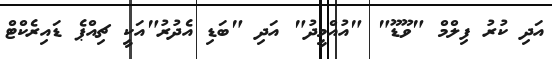
އަދި ކުރު ފިލްމް "ވޫޑޫ" "އުއްމީދު" އަދި "ބަޑި އެދުރު"އަކީ ޗިއްޕެ ޑައިރެކްޓް